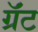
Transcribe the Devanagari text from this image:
ग्रॅंट